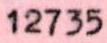
12735